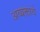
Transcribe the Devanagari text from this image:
अव्यक्ताचे